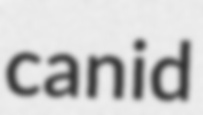
canid